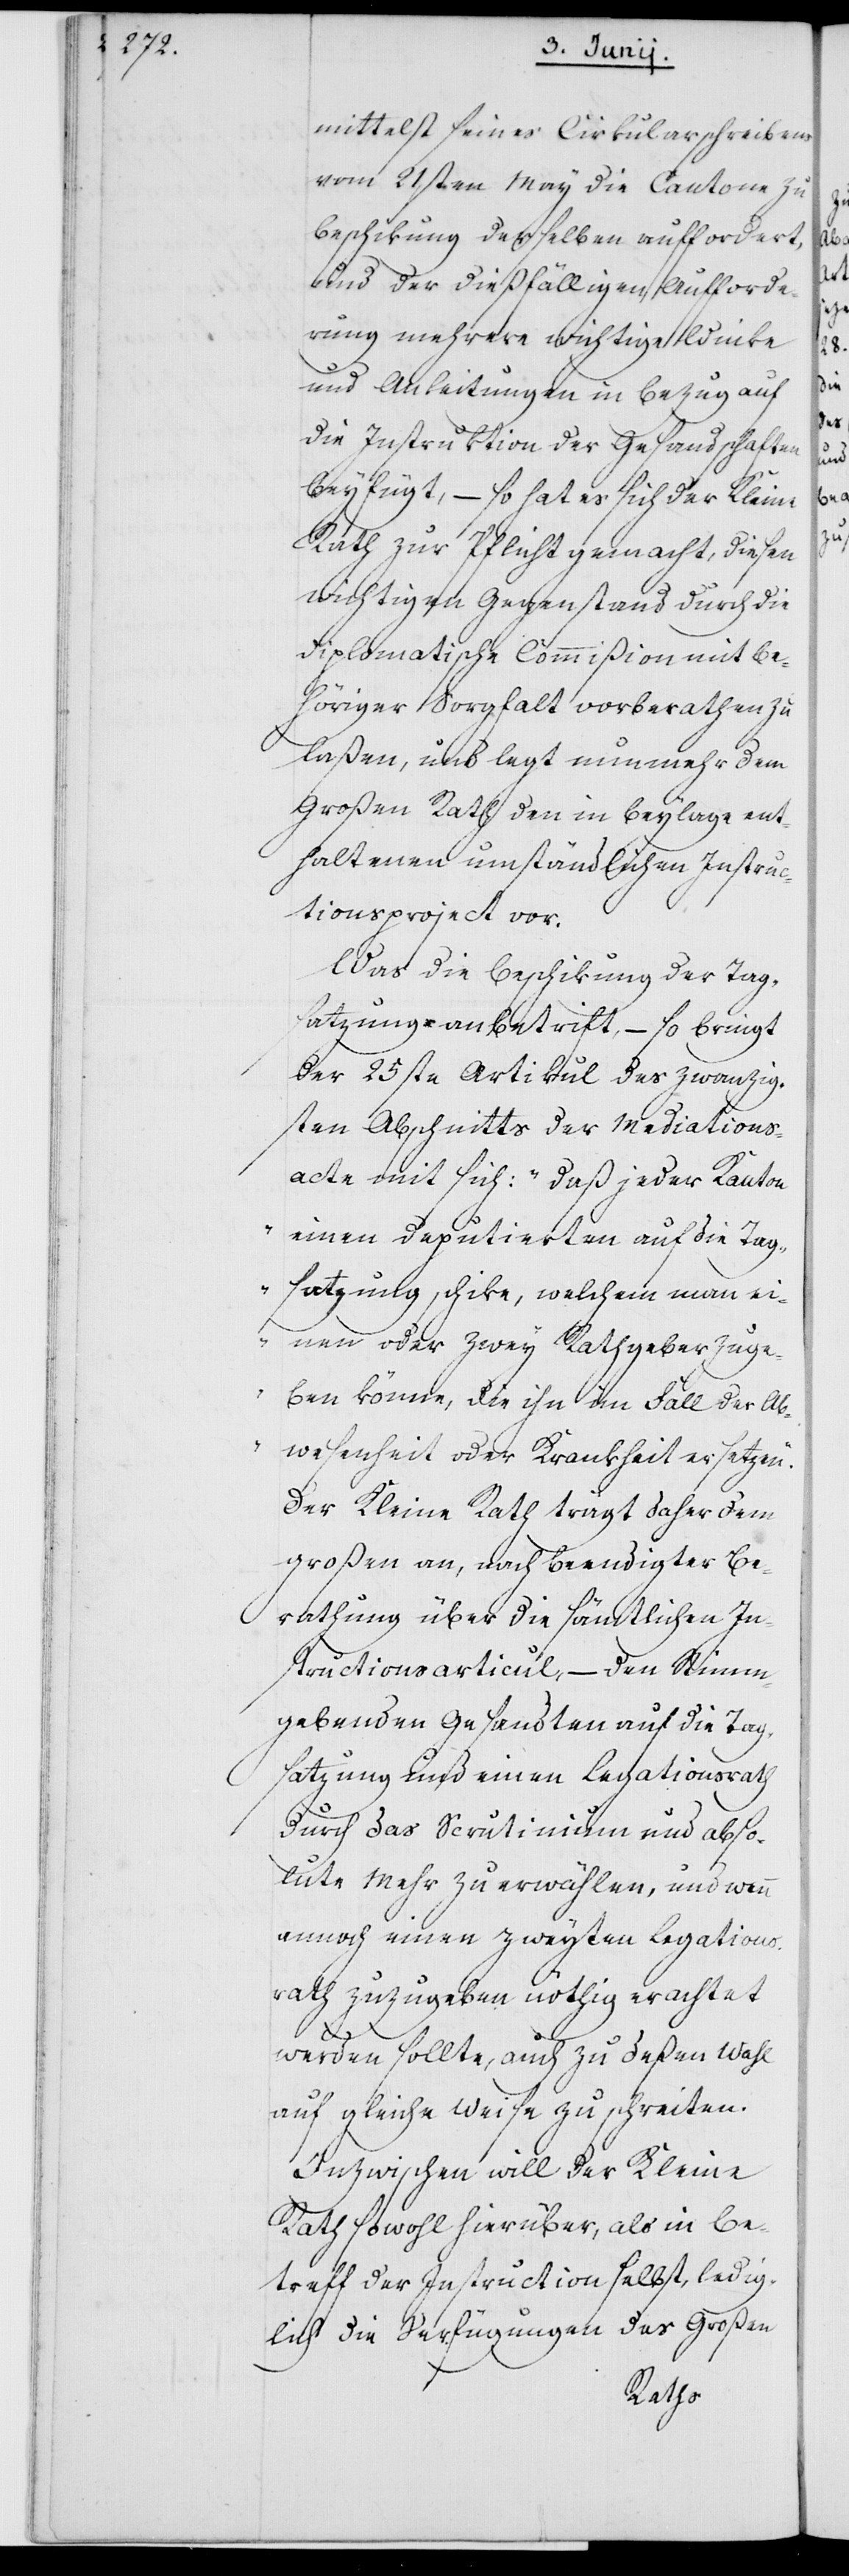
mittelst seines Circularschreibens
vom 21sten May die Cantone zu
Beschikung derselben auffordert,
und der dießfälligen Aufforde¬
rung mehrere wichtige Winke
und Anleitungen in Bezug auf
die Instruktion der Gesandtschaften
beyfügt, – so hat es sich der Kleine
Rath zur Pflicht gemacht, diesen
wichtigen Gegenstand durch die
diplomatische Commißion mit be¬
höriger Sorgfalt vorberathen zu
laßen, und legt nunmehr dem
Großen Rath den in Beylage ent¬
haltenen umständlichen Instruc¬
tionsproject vor.
Was die Beschikung der Tag¬
satzung anbetrifft, – so bringt
der 25ste Artikul des zwanzig¬
sten Abschnitts der Mediations¬
acte mit sich: „daß jeder Kanton
einen Deputierten auf die Tag¬
satzung schike, welchem man ei¬
nen oder zwey Rathgeber zuge¬
ben könne, die ihn im Fall der Ab¬
wesenheit oder Krankheit ersetzen.“
Der Kleine Rath trägt daher dem
großen an, nach beendigter Be¬
rathung über die sämtlichen In¬
structionsartikul, – den stimm¬
gebenden Gesandten auf die Tag¬
satzung und einen Legationsrath
durch das Scrutinium und abso¬
lute Mehr zu erwählen, und wenn
annoch einen zweyten Legations¬
rath zuzugeben nöthig erachtet
werden sollte, auch zu deßen Wahl
auf gleiche Weise zu schreiten.
Inzwischen will der Kleine
Rath sowohl hierüber, als in Be¬
treff der Instruction selbst, ledig¬
lich die Verfügungen des Großen